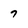
Character: 7